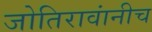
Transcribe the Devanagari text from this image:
जोतिरावांनीच